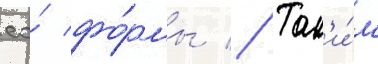
ео́ фо́рмы // Так'и́м